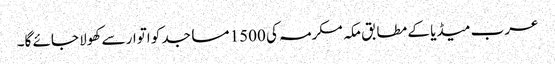
عرب میڈیا کے مطابق مکہ مکرمہ کی 1500 مساجد کو اتوار سے کھولا جائے گا۔